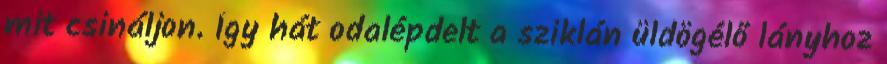
mit csináljon. Így hát odalépdelt a sziklán üldögélő lányhoz